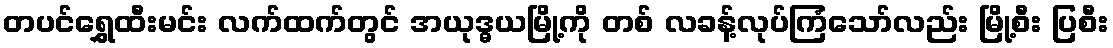
တပင်ရွှေထီးမင်း လက်ထက်တွင် အယုဒ္ဓယမြို့ကို တစ် လခန့်လုပ်ကြံသော်လည်း မြို့စီး ပြစီး